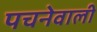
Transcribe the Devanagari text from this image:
पचनेवाली